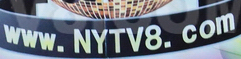
www.NYTV8.com